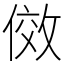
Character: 傚